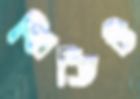
স্মিডিট